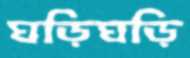
ঘড়িঘড়ি